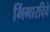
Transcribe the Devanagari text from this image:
भिंगारदिवे